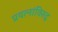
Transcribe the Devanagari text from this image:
प्रयत्‍नांविरुद्ध